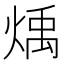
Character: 𪹋